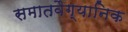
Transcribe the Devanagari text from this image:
समातवैग्यानिक